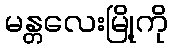
မန္တလေးမြို့ကို